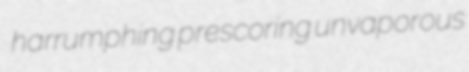
harrumphing prescoring unvaporous